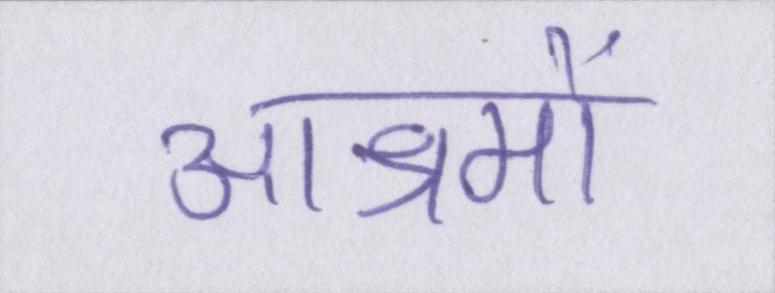
आश्रमों